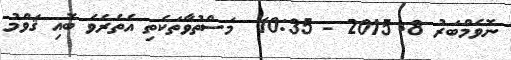
ނޮވެމްބަރު 8